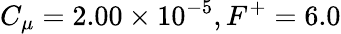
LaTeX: C_{\mu}=2.00\times 10^{-5},F^{+}=6.0